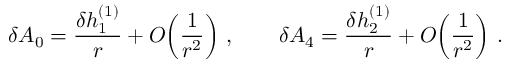
\delta A _ { 0 } = { \frac { \delta h _ { 1 } ^ { ( 1 ) } } { r } } + O \! \left( { \frac { 1 } { r ^ { 2 } } } \right) \, , \qquad \delta A _ { 4 } = { \frac { \delta h _ { 2 } ^ { ( 1 ) } } { r } } + O \! \left( { \frac { 1 } { r ^ { 2 } } } \right) \, .